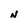
Character: N